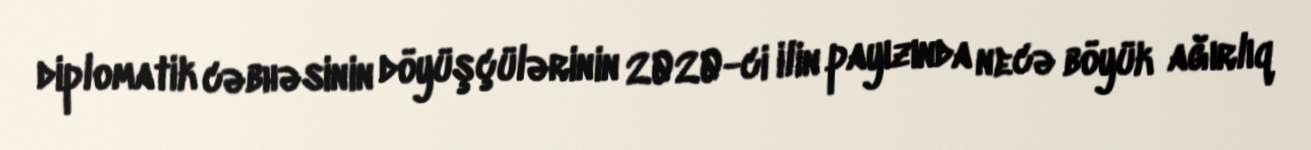
diplomatik cəbhəsinin döyüşçülərinin 2020-ci ilin payızında necə böyük ağırlıq